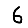
Digit: 6